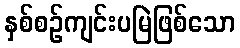
နှစ်စဉ်ကျင်းပမြဲဖြစ်သော